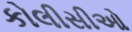
કોલીસીઓ